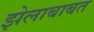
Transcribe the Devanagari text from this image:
झेलाबाबत